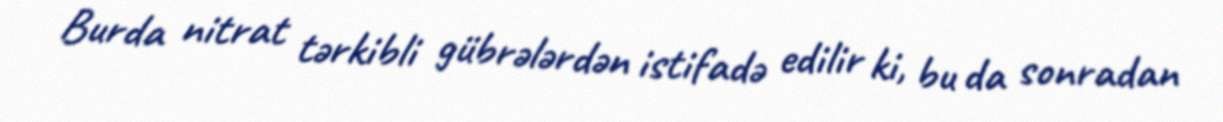
Burda nitrat tərkibli gübrələrdən istifadə edilir ki, bu da sonradan